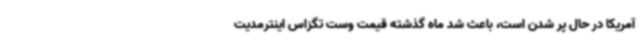
آمریکا در حال پر شدن است، باعث شد ماه گذشته قیمت وست تگزاس اینترمدیت